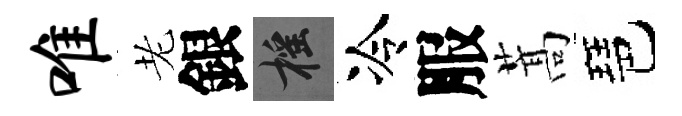
唯老銀摇冷服蒿琶